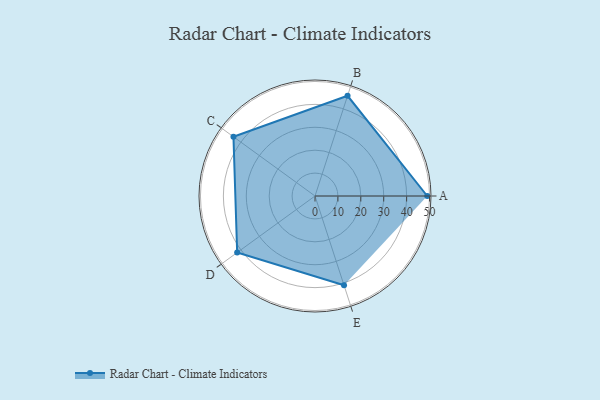
{"axis": {"x": "Skill", "y": "Score"}, "legend": ["Profile"], "data": [{"x": "A", "y": 49.0, "type": "Profile"}, {"x": "B", "y": 46.0, "type": "Profile"}, {"x": "C", "y": 44.0, "type": "Profile"}, {"x": "D", "y": 42.0, "type": "Profile"}, {"x": "E", "y": 41.0, "type": "Profile"}]}